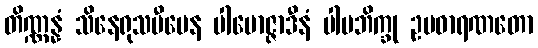
တိဏ္ဏန္နံ သိနေရုသမီပေန ပါမောဇ္ဇာဒီနံ ပါပဘိက္ခု ဥပဓာရဏတော